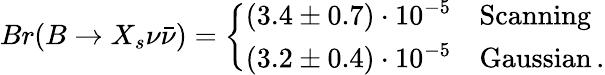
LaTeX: Br(B\to X_{s}\nu\bar{\nu})=\left\{ \begin{array}{ll}{{(3.4\pm 0.7)\cdot 10^{-5}}}&{{\mathrm{Scanning}}}\\ {{(3.2\pm 0.4)\cdot 10^{-5}}}&{{\mathrm{Gaussian}\, .}}\end{array}\right.